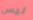
ليس